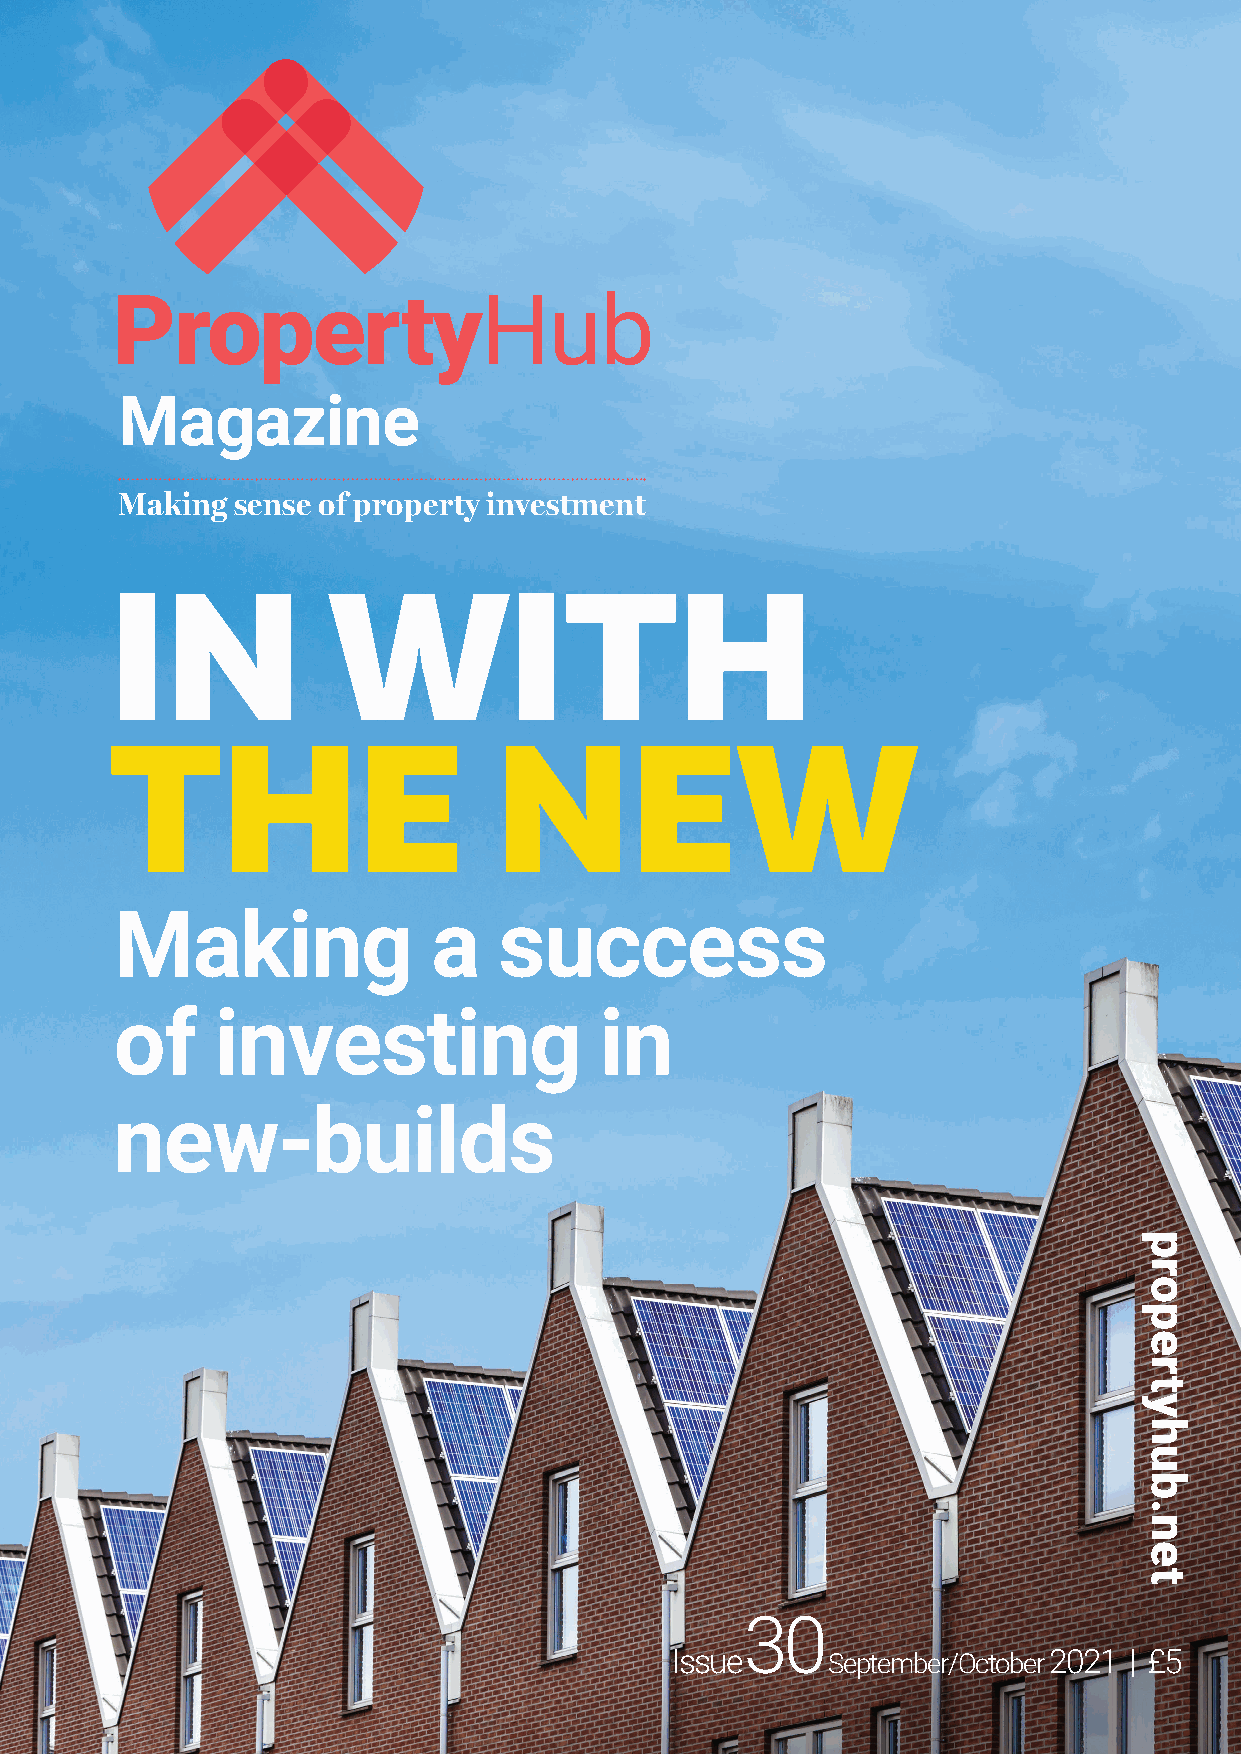
Magazine
 Making  sense of property investment
 IN             WITH
 THE                       NEW
 Making               a   success
 of    investing                 in
 new-builds
 30
 Issue      September/October 2021 | £5
 propertyhub.net